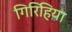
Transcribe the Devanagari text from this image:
गिरिहिया